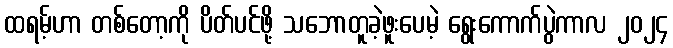
ထရမ့်ဟာ တစ်တော့ကို ပိတ်ပင်ဖို့ သဘောတူခဲ့ဖူးပေမဲ့ ရွေးကောက်ပွဲကာလ ၂၀၂၄